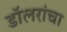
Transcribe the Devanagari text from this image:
डॉलरांचा